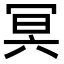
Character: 冥